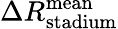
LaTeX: \Delta R_{\mathrm{stadium}}^{\mathrm{mean}}